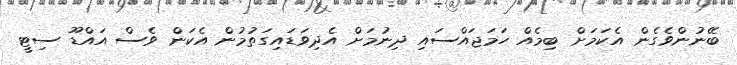
ބޭނުންވެގެން އެކަމަށް ބިމެއް ހަމަޖައްސައި ދިނުމަށް އެދިވަޑައިގަތުމުން އެކަން ވެސް އައްޑޫ ސިޓީ